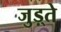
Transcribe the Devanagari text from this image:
जुड़्ते